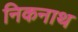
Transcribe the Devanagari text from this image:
निकनाथ